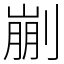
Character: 剻